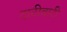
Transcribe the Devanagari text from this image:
दाटीवाटी